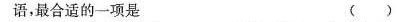
语，最合适的一项是 ()